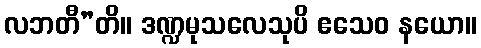
လဘတီ”တိ။ ဒဏ္ဍမုသလေသုပိ ဧသေဝ နယော။